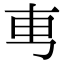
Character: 𠃫